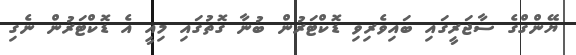
ޔޭންގްގެ ސާޖަރީގައި ބައިވެރިވި ޑޮކްޓަރުން ބުނާ ގޮތުގައި މިއީ އެ ޑޮކްޓަރުން ނެގި